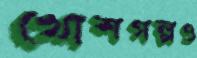
খোশগল্পও